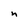
Character: n